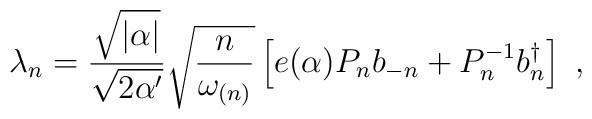
\lambda_{n}= \frac{\sqrt{|\alpha|}}{\sqrt{2 \alpha'}} \sqrt{\frac{n}{\omega_{(n)}}} \left[e(\alpha) P_n b_{-n} +  P^{-1}_n b_n^\dagger \right]~,